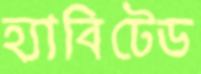
হ্যাবিটেড